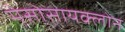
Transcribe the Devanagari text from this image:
मेसोसायक्लोन